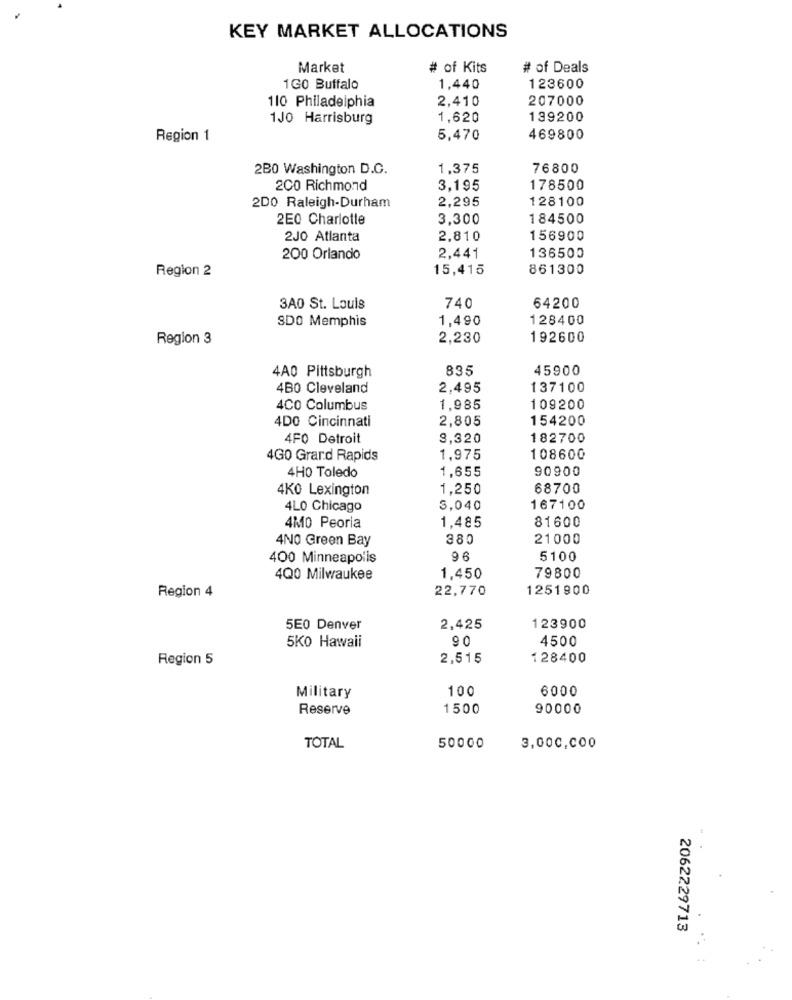
KEY MARKET ALLOCATIONS
Market
# of Kits
# of Deals
1GO Buffalo
1,440
123600
110 Philadelphia
2,410
207000
1JO Harrisburg
1,620
139200
Region 1
5,470
469800
2B0 Washington D.C.
1,375
76800
200 Richmond
3,195
178500
2DO Raleigh-Durham
2,295
128100
2E0 Charlotte
3,300
184500
2JO Atlanta
2,810
156900
200 Orlando
2,441
136500
Region 2
15,415
861300
740
3A0 St. Louis
64200
SDO Memphis
1,490
128400
Region 3
2,230
192600
4A0 Pittsburgh
835
45900
4B0 Cleveland
2,495
137100
4Co Columbus
1,985
109200
4DO Cincinnati
2,805
154200
4FO Detroit
9,320
182700
4G0 Grand Rapids
1,975
108600
4H0 Toledo
1,655
90900
4Ko Lexington
1,250
68700
4LO Chicago
3,040
167100
1,485
81600
4MO Peoria
4NO Green Bay
380
21000
400 Minneapolis
96
5100
4Q0 Milwaukee
1,450
79800
Region 4
22,770
1251900
5E0 Denver
2,425
123900
90
4500
5Ko Hawaii
Region 5
2,515
128400
100
6000
Military
Reserve
1500
90000
TOTAL
50000
3,000,000
2062229713